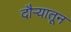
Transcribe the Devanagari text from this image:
दौऱ्यातून